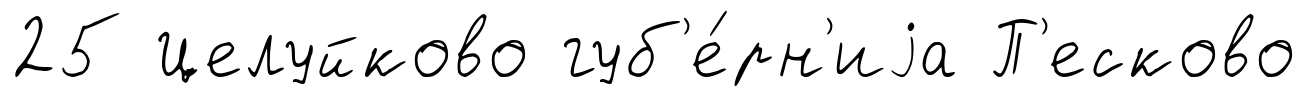
25 Целуйково губ'е́рн'иjа П'есково